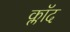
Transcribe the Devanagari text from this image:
क्लॉद